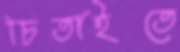
চিতাইতে